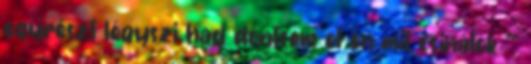
egyrészt légyszi had döntsem el én mit csinálok ^^